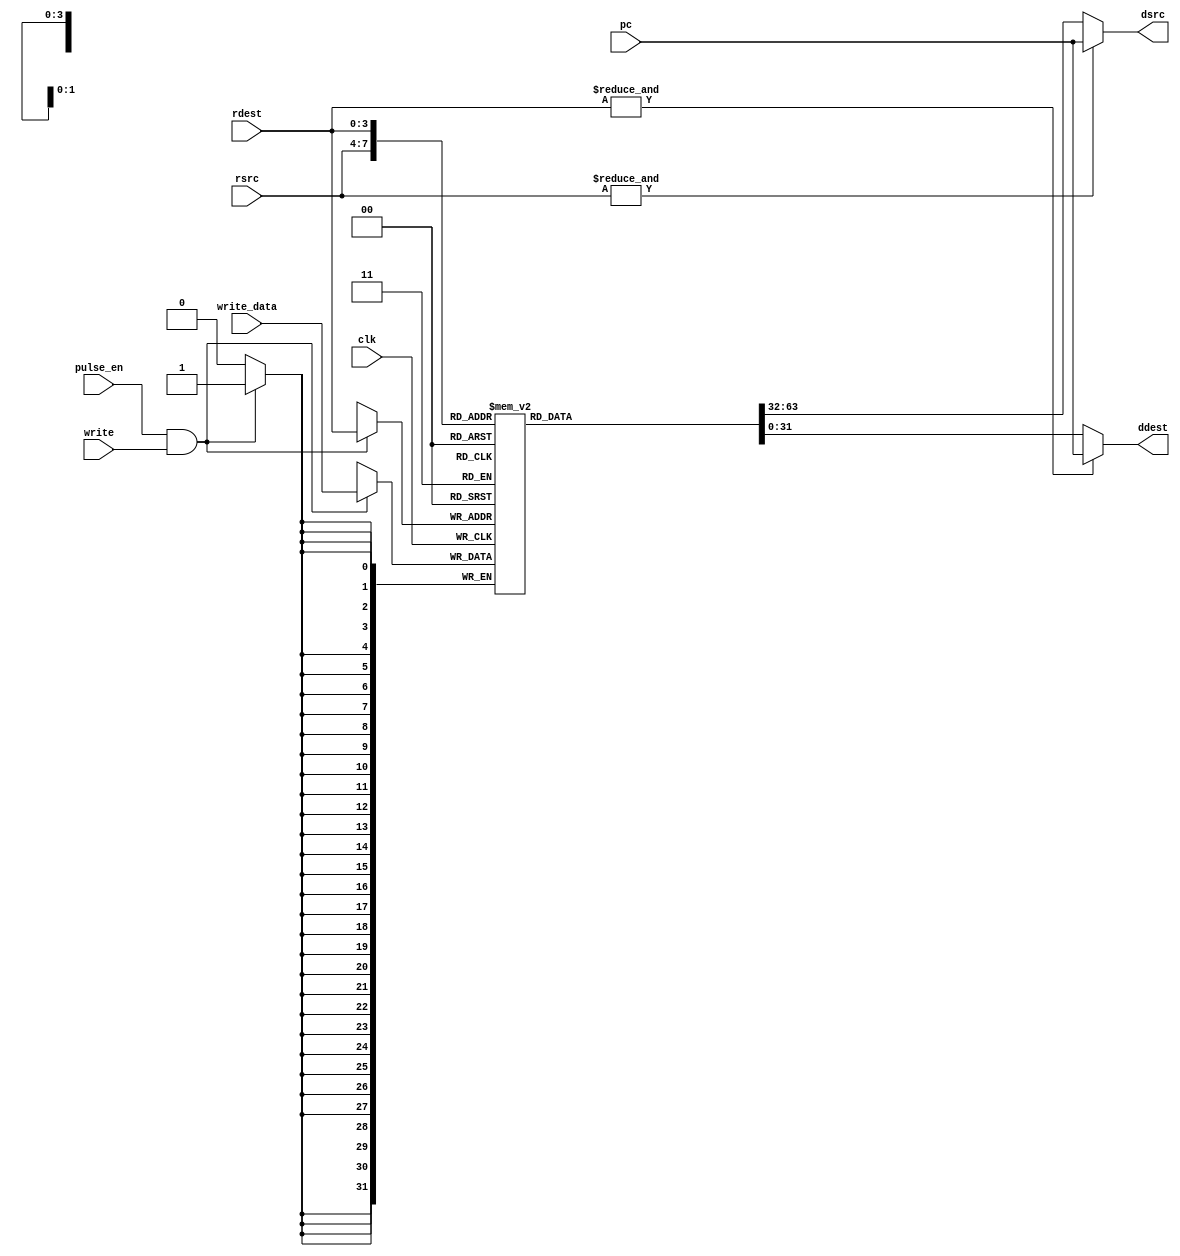

//
// Provides 16 32-bit registers
//
module regfile
	 (input  			clk,
	  input 			pulse_en,
	  input  [31:0]		pc,				// program counter
	  input           	write, 			// signal to write ddest to rdest
	  input  [3:0] 		rsrc, rdest, 	// src and dest register locations
	  input  [31:0]   	write_data, 	// write back data
	  output [31:0]   	dsrc, ddest);	// src and dest register data

	reg  [31:0] mem_block [15:0];

	// no use in clearing the registers
	always @(posedge clk)
      if (pulse_en && write) mem_block[rdest] <= write_data;

	// pc is read only at register address 15
	assign dsrc = &rsrc ? pc : mem_block[rsrc];
	assign ddest = &rdest ? pc : mem_block[rdest];

endmodule